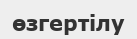
өзгертілу